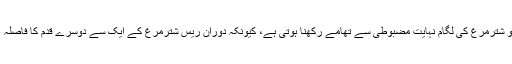
سواری کے وقت جوکی کو شترمرغ کی لگام نہایت مضبوطی سے تھامے رکھنا ہوتی ہے، کیونکہ دوران ریس شترمرغ کے ایک سے دوسرے قدم کا فاصلہ 16 فٹ تک پہنچ جاتا ہے۔